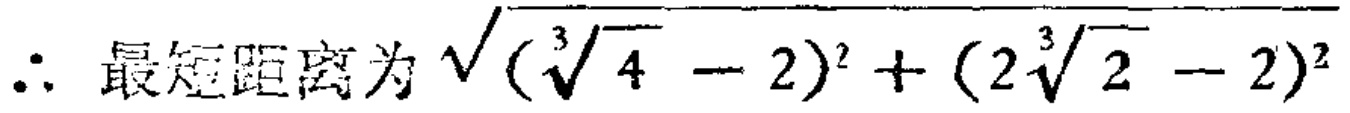
\(\therefore\) 最短距离为 \(\sqrt{(\sqrt[3]{4} - 2)^2 + (2\sqrt[3]{2} - 2)^2}\)